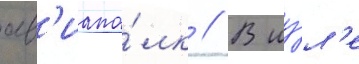
ав'иапо́лк // В иу́л'е